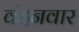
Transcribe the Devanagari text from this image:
वंदनवार